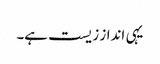
یہی انداز زیست ہے۔